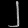
Digit: ၂